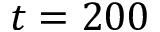
t = 2 0 0